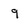
Character: 9